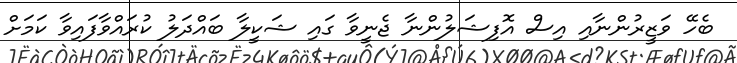
ބެހޭ ވަޒީރުންނާއި އިސް އޮފިޝަލުންނާ ޖެނީވާ ގައި ޝަކީލާ ބައްދަލު ކުރައްވާފައިވާ ކަމަށް